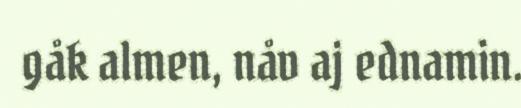
gåk almen, nåv aj ednamin.